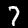
Digit: 7